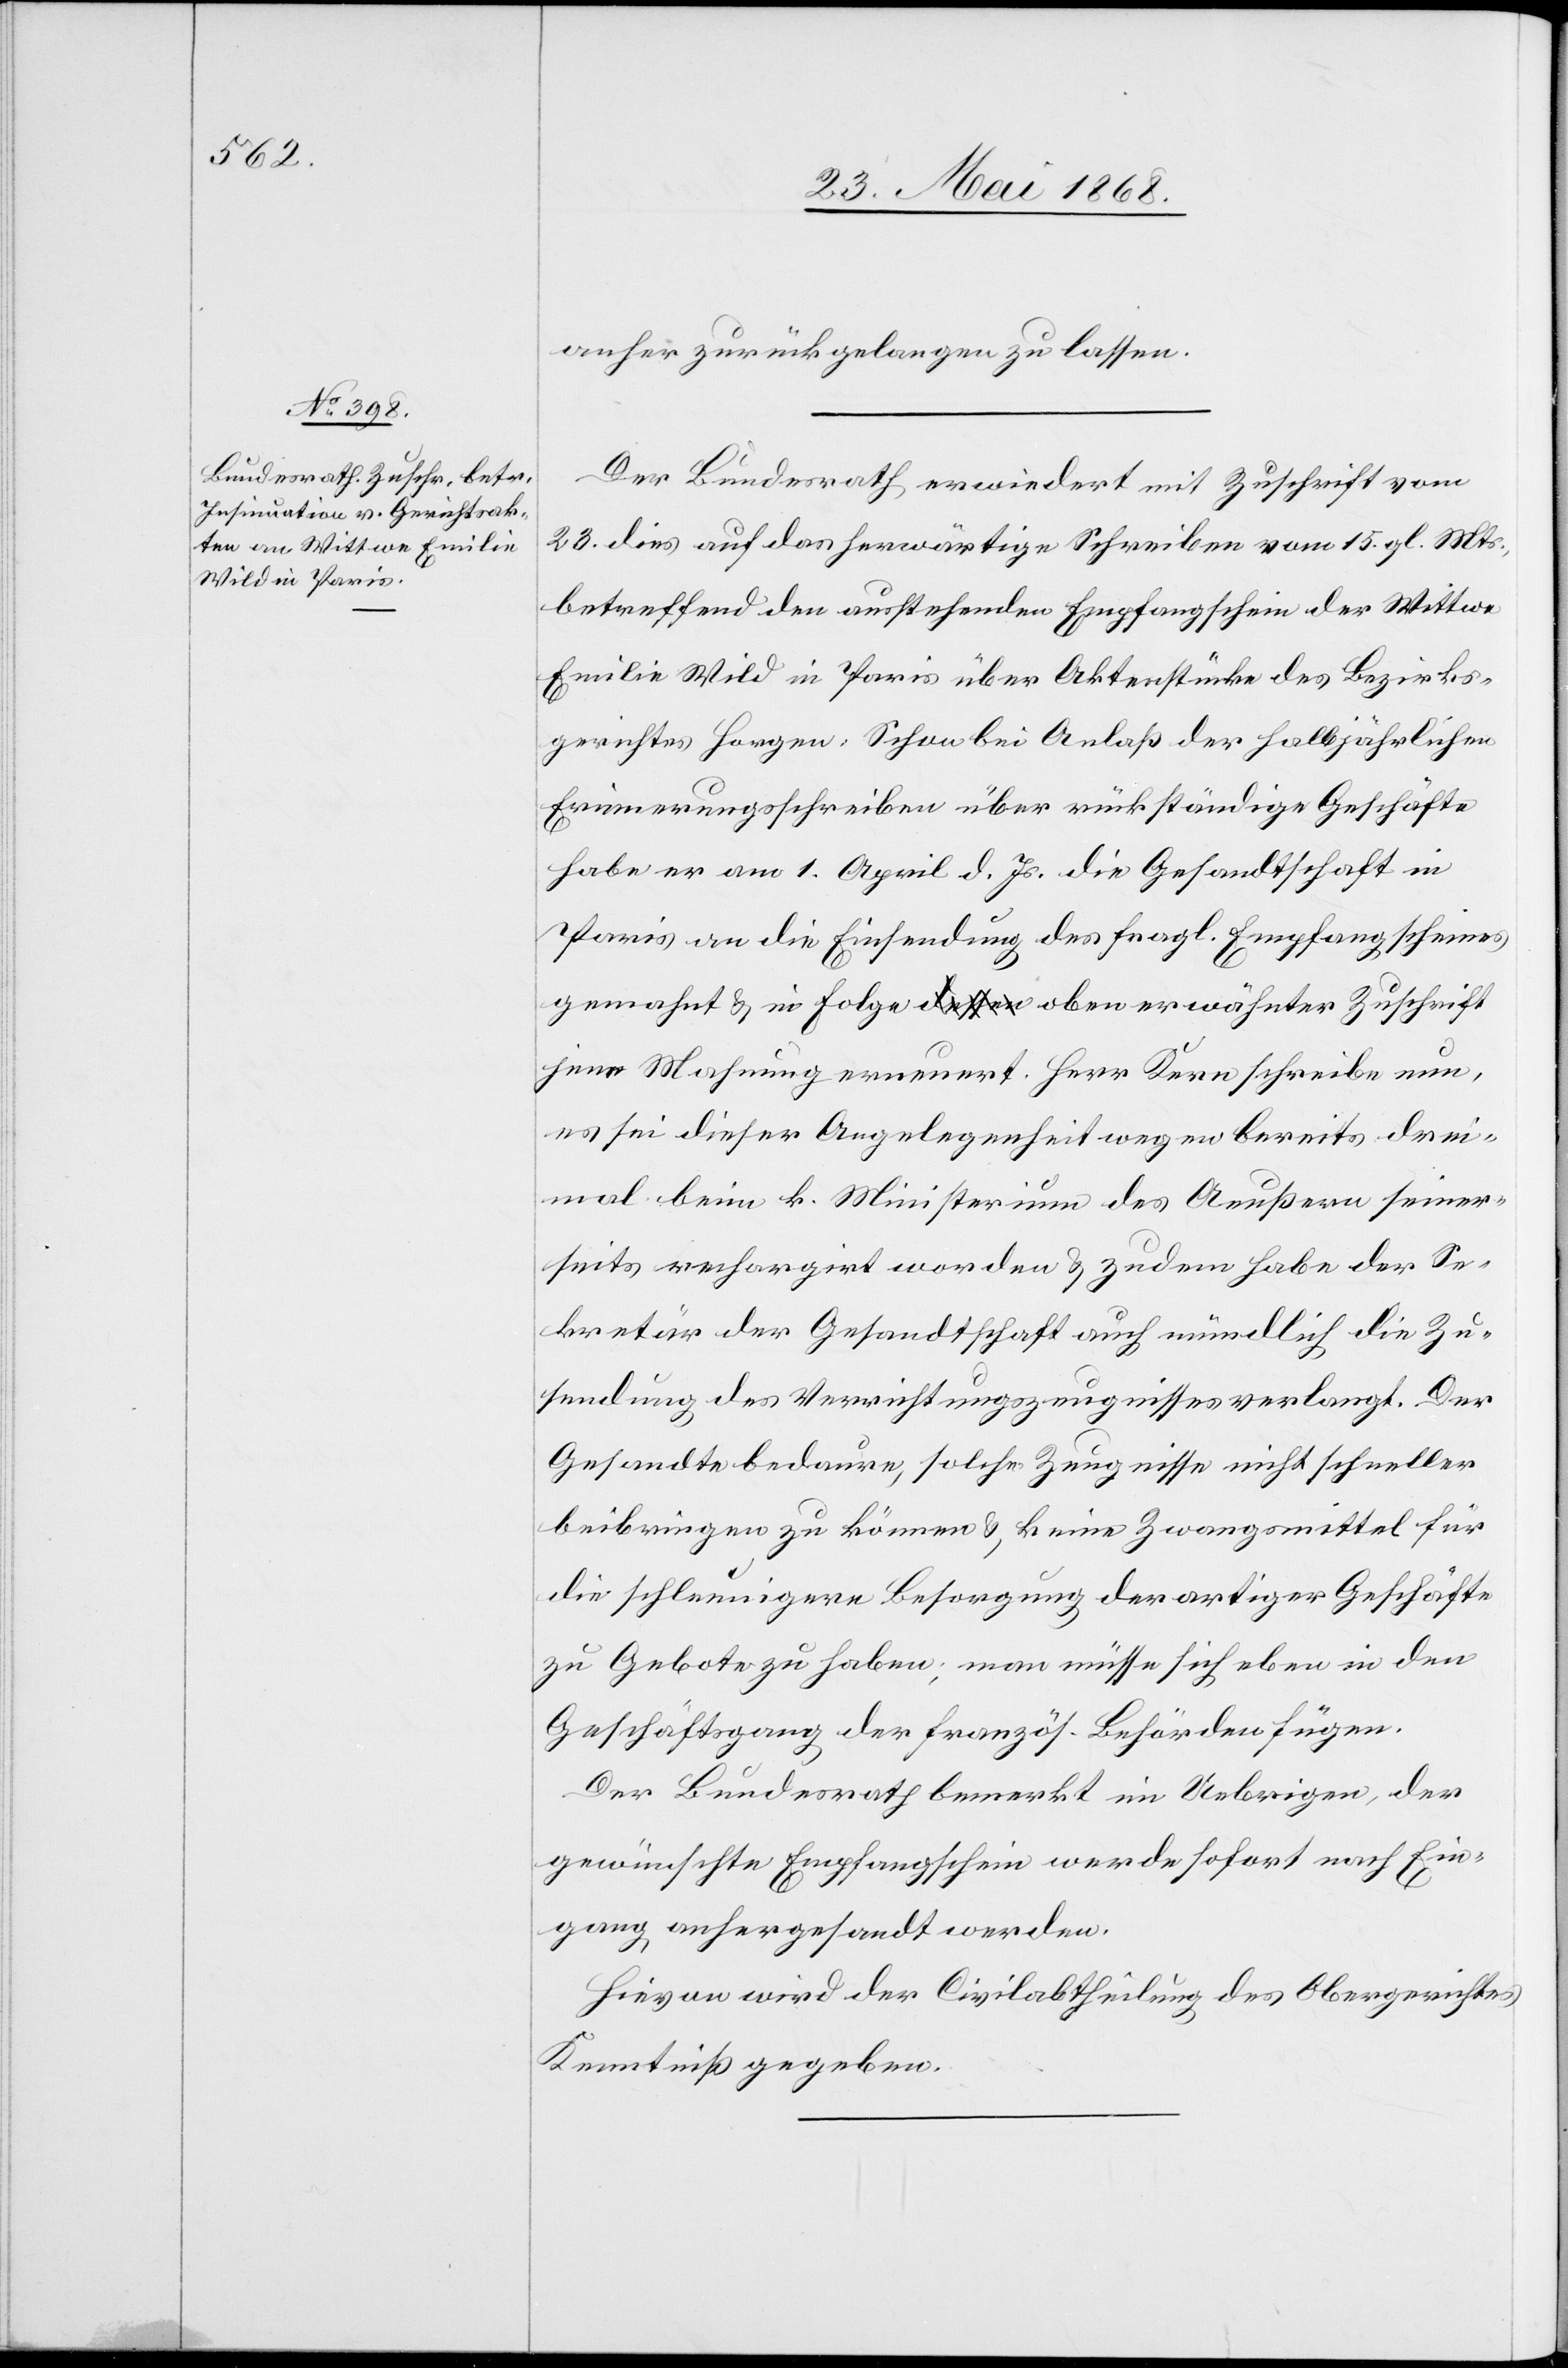
27. Mai 1868.]
anher zurück gelangen zu lassen.
Der Bundesrath erwiedert mit Zuschrift vom
23. dies auf das herwärtige Schreiben vom 15. gl. Mts.,
betreffend den ausstehenden Empfangschein der Wittwe
Emilie Wild in Paris über Aktenstücke des Bezirks¬
gerichtes Horgen: Schon bei Anlaß der halbjährlichen
Erinnerungsschreiben über rückständige Geschäfte
habe er am 1. April d. Js. die Gesandtschaft in
Paris an die Einsendung des fragl. Empfangscheines
gemahnt & in Folge oben erwähnter Zuschrift
jene Mahnung erneuert. Herr Kern schreibe nun,
es sei dieser Angelegenheit wegen bereits drei¬
mal beim k. Ministerium des Aeußern seiner¬
seits rechargirt worden & zudem habe der Se¬
kretär der Gesandtschaft auch mündlich die Zu¬
sendung des Verrichtungszeugnisses verlangt. Der
Gesandte bedaure, solche Zeugnisse nicht schneller
beibringen zu können & keine Zwangsmittel für
die schleunigere Besorgung derartiger Geschäfte
zu Gebote zu haben; man müsse sich eben in den
Geschäftsgang der französ. Behörden fügen.
Der Bundesrath bemerkt im Uebrigen, der
gewünschte Empfangschein werde sofort nach Ein¬
gang anhergesandt werden.
Hievon wird der Civilabtheilung des Obergerichtes
Kenntniß gegeben.